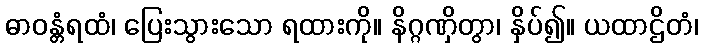
ဓာဝန္တံရထံ၊ ပြေးသွားသော ရထားကို။ နိဂ္ဂဏှိတွာ၊ နှိပ်၍။ ယထာဌိတံ၊